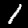
Label: 1